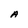
Character: A